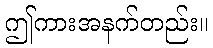
ဤကားအနက်တည်း။